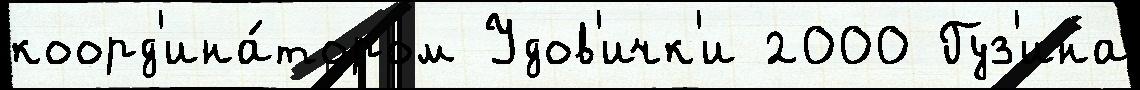
коорд'ина́тором Удов'ичк'и 2000 Гуз'ина